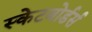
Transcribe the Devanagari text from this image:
स्केटबोर्डर्स